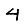
Digit: 4